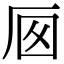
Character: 𠩌